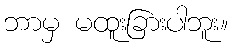
ဘာမှ မထူးခြားပါဘူး။